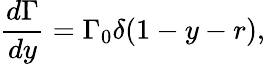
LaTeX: \frac{d\Gamma}{dy}=\Gamma_{0}\delta(1-y-r),